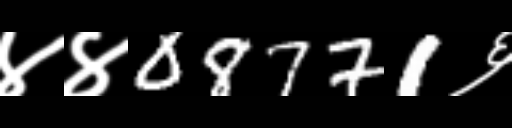
Text: ४४08771६